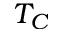
T _ { C }